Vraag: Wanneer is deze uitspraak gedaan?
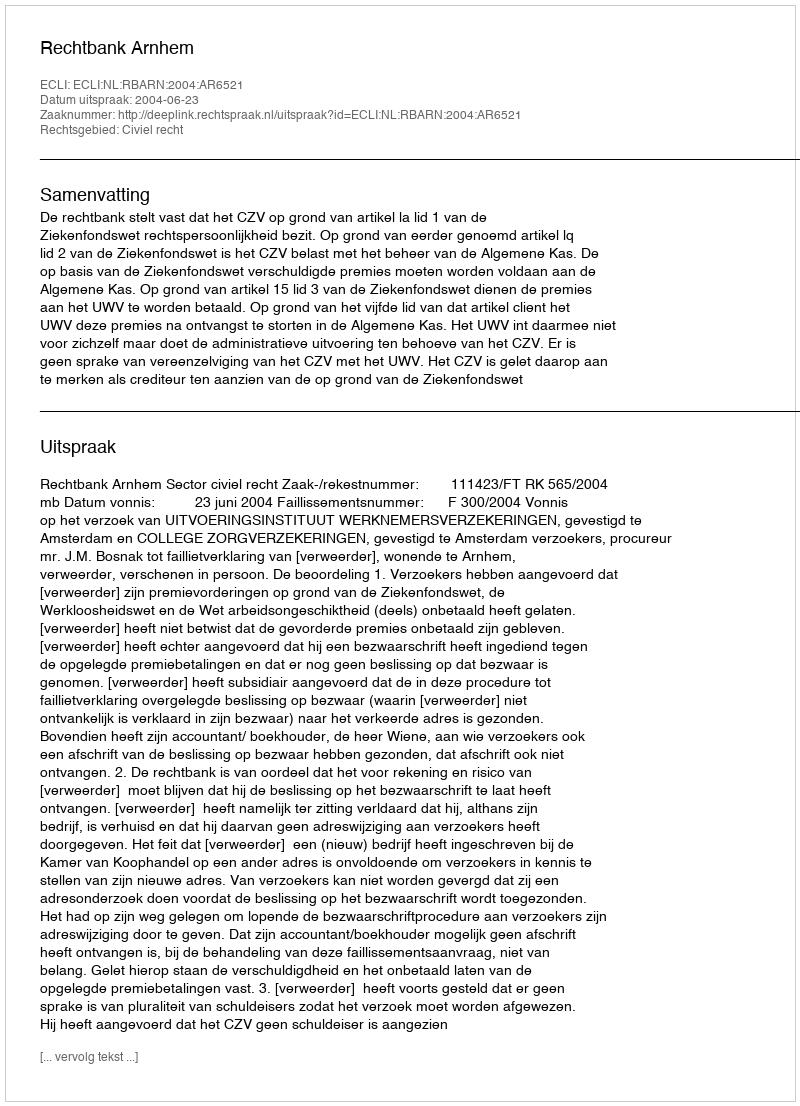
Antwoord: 2004-06-23